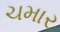
ચમાર